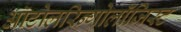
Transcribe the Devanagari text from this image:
ऑटोलरिन्गोलॉजिस्ट